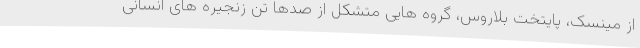
از مینسک، پایتخت بلاروس، گروه هایی متشکل از صدها تن زنجیره های انسانی